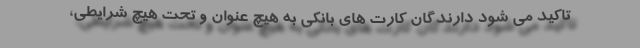
تاکید می شود دارندگان کارت های بانکی به هیچ عنوان و تحت هیچ شرایطی،